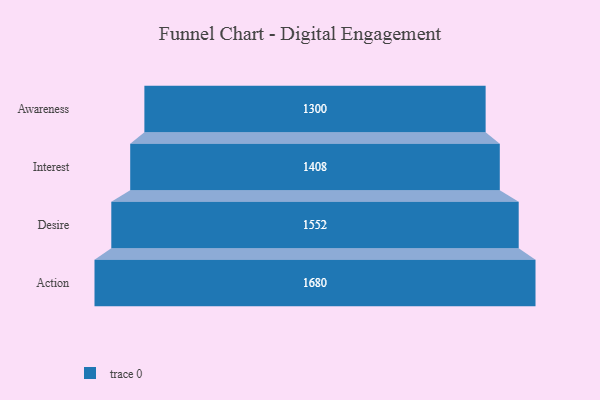
{"axis": {"x": "Stage", "y": "Value"}, "legend": [""], "data": [{"x": "Awareness", "y": 1300.0, "type": ""}, {"x": "Interest", "y": 1408.0, "type": ""}, {"x": "Desire", "y": 1552.0, "type": ""}, {"x": "Action", "y": 1680.0, "type": ""}]}